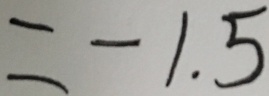
= - 1 . 5